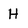
Character: H